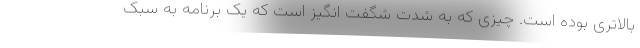
بالاتری بوده است. چیزی که به شدت شگفت انگیز است که یک برنامه به سبک